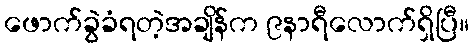
ဖောက်ခွဲခံရတဲ့အချိန်က ၉နာရီလောက်ရှိပြီ။